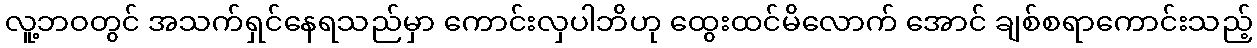
လူ့ဘဝတွင် အသက်ရှင်နေရသည်မှာ ကောင်းလှပါဘိဟု ထွေးထင်မိလောက် အောင် ချစ်စရာကောင်းသည့်